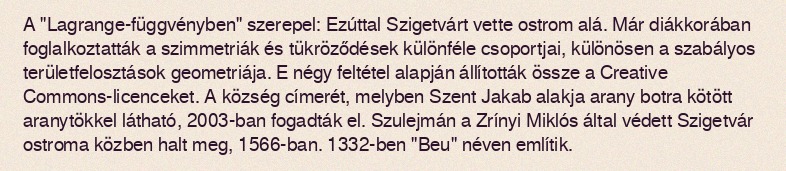
A "Lagrange-függvényben" szerepel: Ezúttal Szigetvárt vette ostrom alá. Már diákkorában foglalkoztatták a szimmetriák és tükröződések különféle csoportjai, különösen a szabályos területfelosztások geometriája. E négy feltétel alapján állították össze a Creative Commons-licenceket. A község címerét, melyben Szent Jakab alakja arany botra kötött aranytökkel látható, 2003-ban fogadták el. Szulejmán a Zrínyi Miklós által védett Szigetvár ostroma közben halt meg, 1566-ban. 1332-ben "Beu" néven említik.